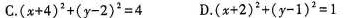
C.(x+4)2+(y-2)2=4 D.(x+2)2+(y-1)2=1